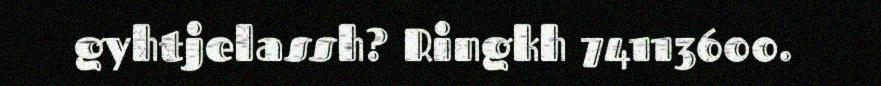
gyhtjelassh? Ringkh 74113600.